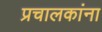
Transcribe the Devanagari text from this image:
प्रचालकांना